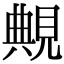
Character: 覥